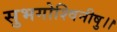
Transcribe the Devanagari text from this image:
सुभगोश्विनीषु।।